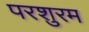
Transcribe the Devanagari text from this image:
परशुरम